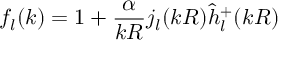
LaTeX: f _ { l } ( k ) = 1 + \frac { \alpha } { k R } j _ { l } ( k R ) \hat { h } _ { l } ^ { + } ( k R )